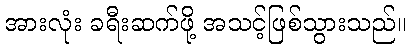
အားလုံး ခရီးဆက်ဖို့ အသင့်ဖြစ်သွားသည်။